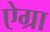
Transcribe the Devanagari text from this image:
ऐग्रा